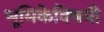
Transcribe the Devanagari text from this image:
भूमिकेविषयी